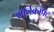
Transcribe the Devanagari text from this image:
थॉर्नक्रॉफ्ट